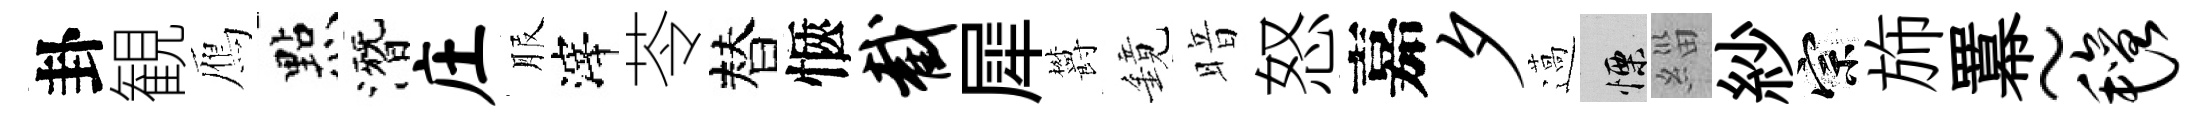
卦観鴈㸃潛庄服滓苓替愜截犀欝鏡暗怒嘉夕薖慄緇紗宗斾羃~毡